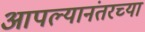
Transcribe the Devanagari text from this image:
आपल्यानंतरच्या